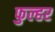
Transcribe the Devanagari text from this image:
फुल्हर